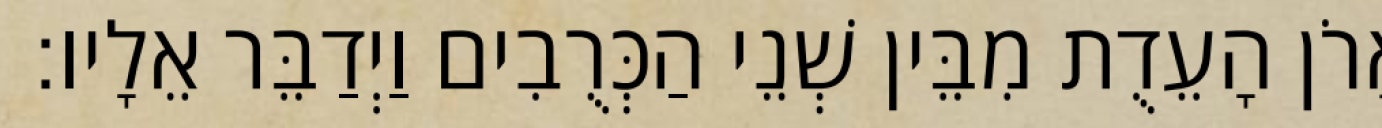
אֲרֹן הָעֵדֻת מִבֵּין שְׁנֵי הַכְּרֻבִים וַיְדַבֵּר אֵלָיו׃